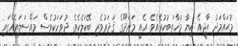
މުޙައްމަދު ޙާޖީއޭ ކިޔާ މުޚާތަބުކުރެއެވެ. އެއީ މަނަދޫގެ ޤަދަރުވެރި ބޭކަލެކެވެ. ދުވަހަކުވެސް މައްސަލައެއްގައި